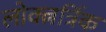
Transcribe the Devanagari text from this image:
लोक्त्नर्त्रिक